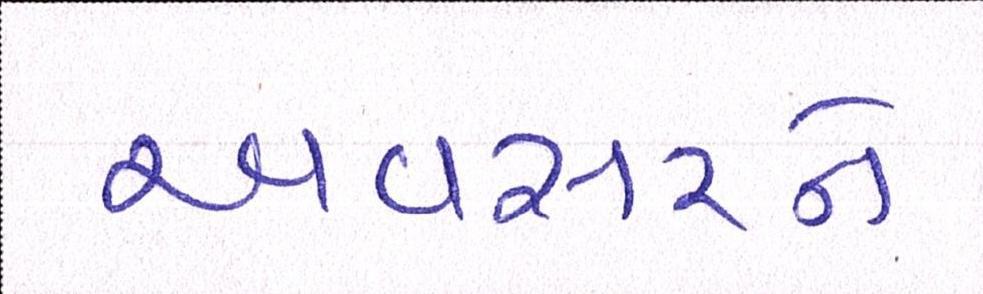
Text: અવસરને